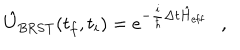
LaTeX: \hat { U } _ { \mathrm { B R S T } } ( t _ { f } , t _ { i } ) = e ^ { - \frac { i } { \hbar } \Delta t \hat { H } _ { \mathrm { e f f } } } \ \ \ ,